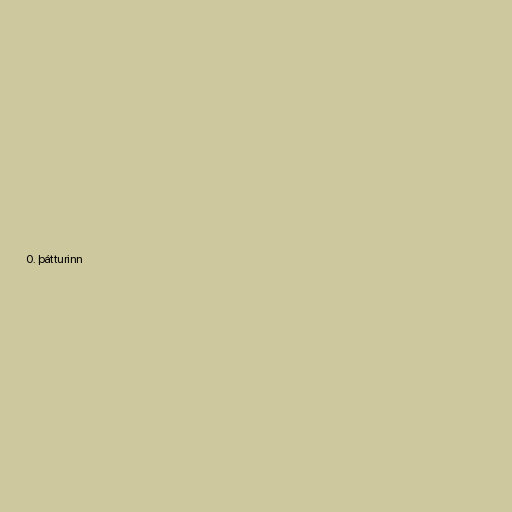
0. þátturinn